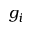
g _ { i }